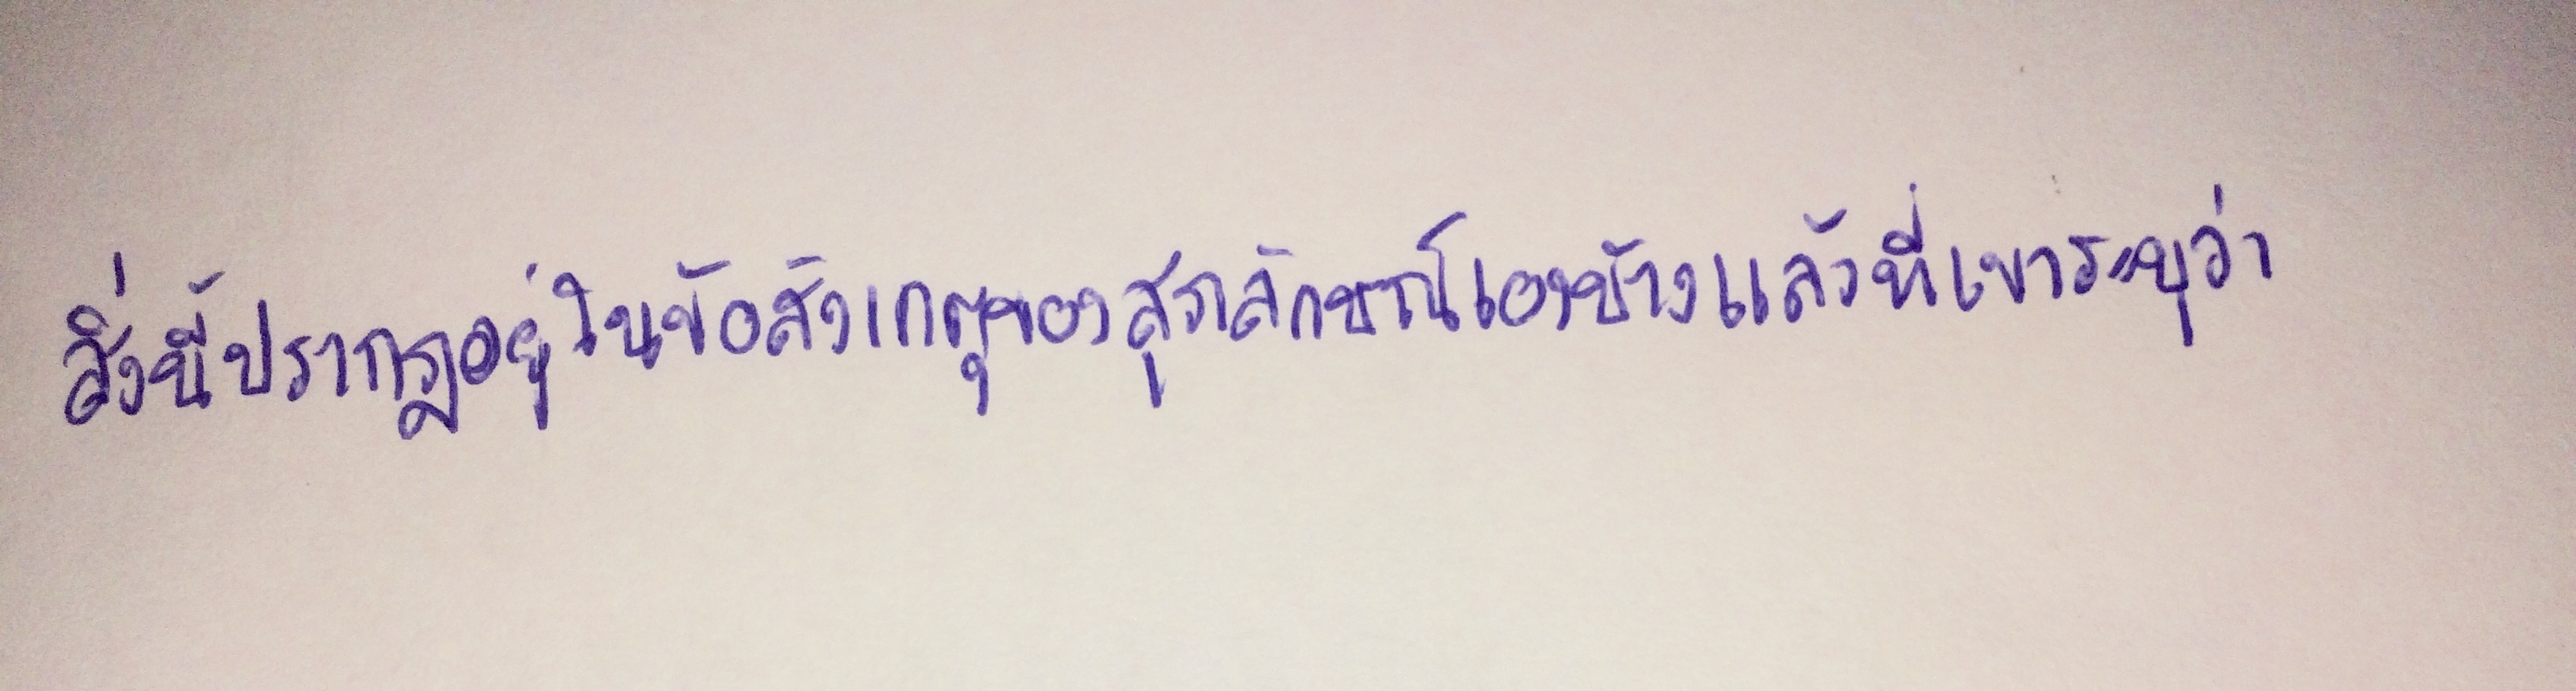
สิ่งนี้ปรากฏอยู่ในข้อสังเกตของสุภลักษณ์เองบ้างแล้วที่เขาระบุว่า